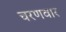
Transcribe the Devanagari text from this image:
चरणवार